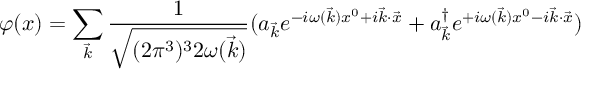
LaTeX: \varphi ( x ) = \sum _ { { \vec { k } } } { \frac { 1 } { \sqrt { ( 2 \pi ^ { 3 } ) ^ { 3 } 2 \omega ( { \vec { k } } ) } } } ( a _ { { \vec { k } } } e ^ { - i \omega ( { \vec { k } } ) x ^ { 0 } + i { \vec { k } } \cdot { \vec { x } } } + a _ { { \vec { k } } } ^ { \dag } e ^ { + i \omega ( { \vec { k } } ) x ^ { 0 } - i { \vec { k } } \cdot { \vec { x } } } )